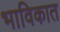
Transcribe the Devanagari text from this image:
भाविकात